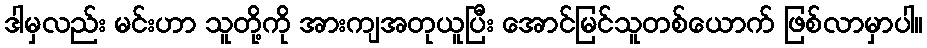
ဒါမှလည်း မင်းဟာ သူတို့ကို အားကျအတုယူပြီး အောင်မြင်သူတစ်ယောက် ဖြစ်လာမှာပါ။